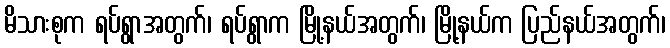
မိသားစုက ရပ်ရွာအတွက်၊ ရပ်ရွာက မြို့နယ်အတွက်၊ မြို့နယ်က ပြည်နယ်အတွက်၊